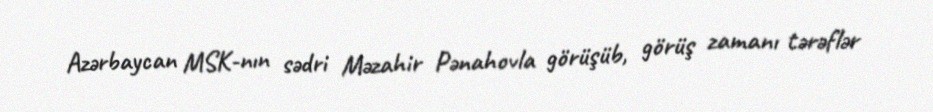
Azərbaycan MSK-nın sədri Məzahir Pənahovla görüşüb, görüş zamanı tərəflər